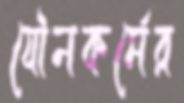
যৌনকর্মের